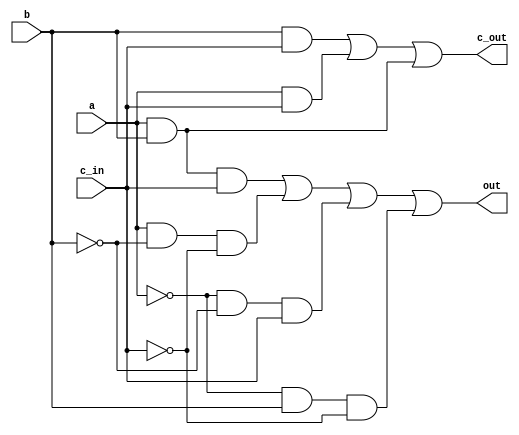
module soma1ports(a, b, c_in, out, c_out); //implementao com portas lgicas

    /*
    Fiz um pequeno circuito somador com portas lgicas.
    Utilizei a tabela verdade da soma com carry e portas and, or e not(!)
    Obtive o mesmo funcionamento.
    
    Isso foi bem utilizado?
    */

    input a, b, c_in;
    output out, c_out;

    wire x, y, w, z, r, s, t;

    and(x, a, b, c_in);
    and(y, a, !b, !c_in);
    and(w, !a, !b, c_in);
    and(z, !a, b, !c_in);
    or(out, x, y, w, z);

    and(r, b, c_in);
    and(s, a, c_in);
    and(t, a, b);
    or(c_out, r, s, t);

endmodule // soma1ports

module soma1case(a, b, c_in, out, c_out); //implementao seguindo o exemplo
    input a, b, c_in;
    output c_out, out;

    reg carry, value;

    assign c_out = carry, out = value;

    always @ (a, b, c_in) begin
        case ({a, b, c_in})
            3'b000: begin
                value = 0; carry = 0;
            end
            3'b001: begin
                value = 1; carry = 0;
            end
            3'b010: begin
                value = 1; carry = 0;
            end
            3'b011: begin
                value = 0; carry = 1;
            end
            3'b100: begin
                value = 1; carry = 0;
            end
            3'b101: begin
                value = 0; carry = 1;
            end
            3'b110: begin
                value = 0; carry = 1;
            end
            3'b111: begin
                value = 1; carry = 1;
            end
        endcase
    end //always

endmodule // soma1case

module soma4bit(input [3:0]a, input [3:0]b, output [3:0]o_out, output c_out);

    wire [2:0]carry;
    wire carry2;

    assign c_out = carry2;

    soma1ports S1(a[0], b[0],     1'b0, o_out[0], carry[0]);
    soma1ports S2(a[1], b[1], carry[0], o_out[1], carry[1]);
    soma1ports S3(a[2], b[2], carry[1], o_out[2], carry[2]);
    soma1ports S4(a[3], b[3], carry[2], o_out[3], carry2);

endmodule // soma4bit

module test;

    reg  [3:0] a, b;
    wire [3:0] o;
    wire c;

    soma4bit S1(a, b, o, c);

    initial begin
        $dumpvars(0, S1);
        a = 4;
        b = 2;
        #1
        a = 1;
        b = 9;
        #2
        a = 10;
        b = 6;
        #3
        $finish;
    end

endmodule // test